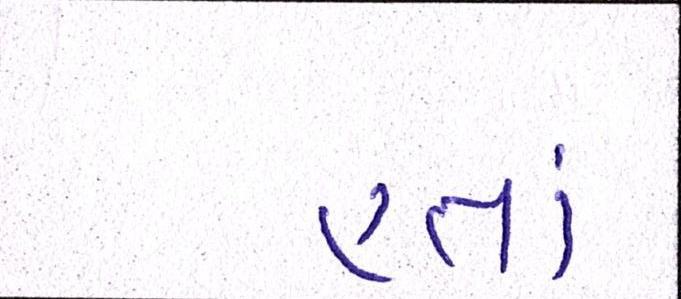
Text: હતાં